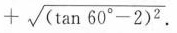
$$+ \sqrt{(\tan 60^{\circ}-2)^{2}}$$